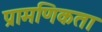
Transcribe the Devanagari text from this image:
प्रामणिकता